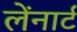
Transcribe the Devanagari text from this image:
लेंनार्ट